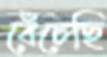
বেঁচেছি